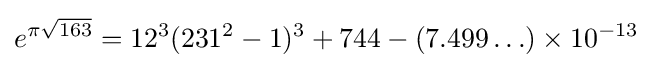
e^{\pi {\sqrt {163}}}=12^{3}(231^{2}-1)^{3}+744-(7.499\ldots )\times 10^{-13}